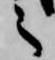
之